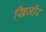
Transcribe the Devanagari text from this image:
खिजीर